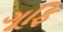
ગૂફિ